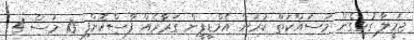
ޖަމީލާ ގުޅިގެން މަސައްކަތް ކުރަން އެމްޑީޕީން ގަރާރެއް ފާސްކޮށްފި 10 މަސް 4